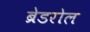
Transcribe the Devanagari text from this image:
ब्रेडरोल